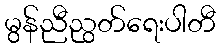
မွန်ညီညွတ်ရေးပါတီ